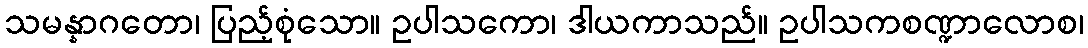
သမန္နာဂတော၊ ပြည့်စုံသော။ ဥပါသကော၊ ဒါယကာသည်။ ဥပါသကစဏ္ဍာလောစ၊